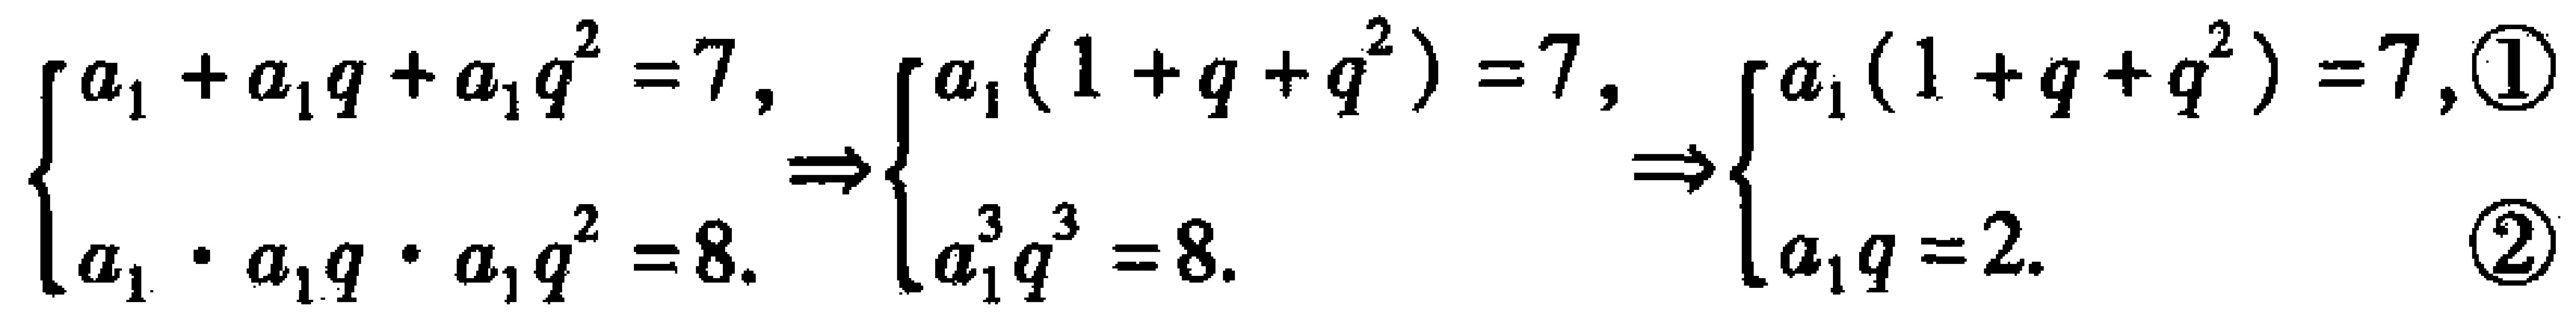
\[\begin{cases}
a_{1}+a_{1}q + a_{1}q^{2}=7,\\
a_{1}\cdot a_{1}q\cdot a_{1}q^{2}=8.
\end{cases}
\Rightarrow
\begin{cases}
a_{1}(1 + q+q^{2})=7,\\
a_{1}^{3}q^{3}=8.
\end{cases}
\Rightarrow
\begin{cases}
a_{1}(1 + q+q^{2})=7, & \textcircled{1}\\
a_{1}q = 2. & \textcircled{2}
\end{cases}\]